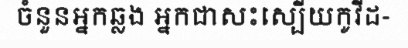
ចំនួនអ្នកឆ្លង អ្នកជាសះស្បើយកូវីដ-